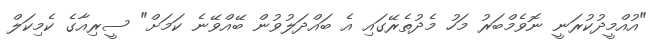
"އުއްމީދުކުރަނީ ނޮވެމްބަރު މަހު މެދުތެރޭގައި އެ ބައްދަލުވުން ބޭއްވޭނެ ކަމަށް" ސީރިއާގެ ކެމިކަލް